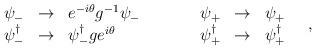
LaTeX: \begin{align*}\begin{array}{rclcrcl}\psi_{-} & \rightarrow & e^{-i\theta}g^{-1} \psi_{-} & \quad \quad & \psi_{+}& \rightarrow & \psi_{+} \\ \psi^{\dagger }_{-} & \rightarrow & \psi^{\dagger}_{-} g e^{i\theta} & \quad\quad & \psi^{\dagger } _{+} & \rightarrow & \psi^{\dagger}_{+}\end{array}\quad,\end{align*}